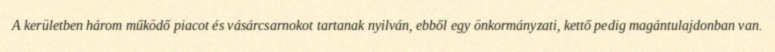
A kerületben három működő piacot és vásárcsarnokot tartanak nyilván, ebből egy önkormányzati, kettő pedig magántulajdonban van.